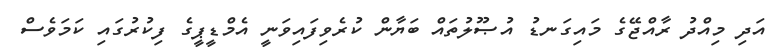
އަދި މިއްދު ރާއްޖޭގެ މައިގަނޑު އުޞޫލުތައް ބަޔާން ކުރެވިފައިވަނީ އެމްޑީޕީގެ ފިކުރުގައި ކަމަވެސް